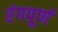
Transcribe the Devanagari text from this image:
रंगपूर्ण